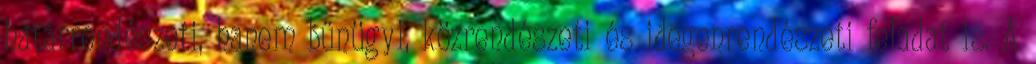
határrendészeti, hanem bűnügyi, közrendészeti és idegenrendészeti feladat is. A